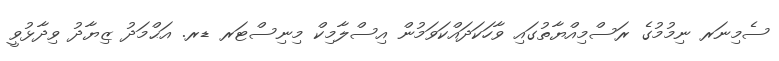
ސެމިނަރ ނިމުމުގެ ރަސްމިއްޔާތުގައި ވާހަކަދައްކަވަމުން އިސްލާމިކް މިނިސްޓަރ ޑރ. އަޙްމަދު ޒިޔާދު ވިދާޅުވީ